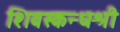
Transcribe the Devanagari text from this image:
शिवस्कन्धश्री